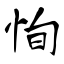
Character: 恂